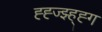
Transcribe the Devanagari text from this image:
ह्ह्ज्झ्ह्ह्ग